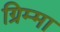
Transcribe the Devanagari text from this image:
ग्रिम्मा